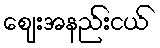
ဈေးအနည်းငယ်